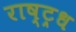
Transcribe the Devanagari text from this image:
राष्ट्रध